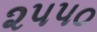
૨૫૫૦